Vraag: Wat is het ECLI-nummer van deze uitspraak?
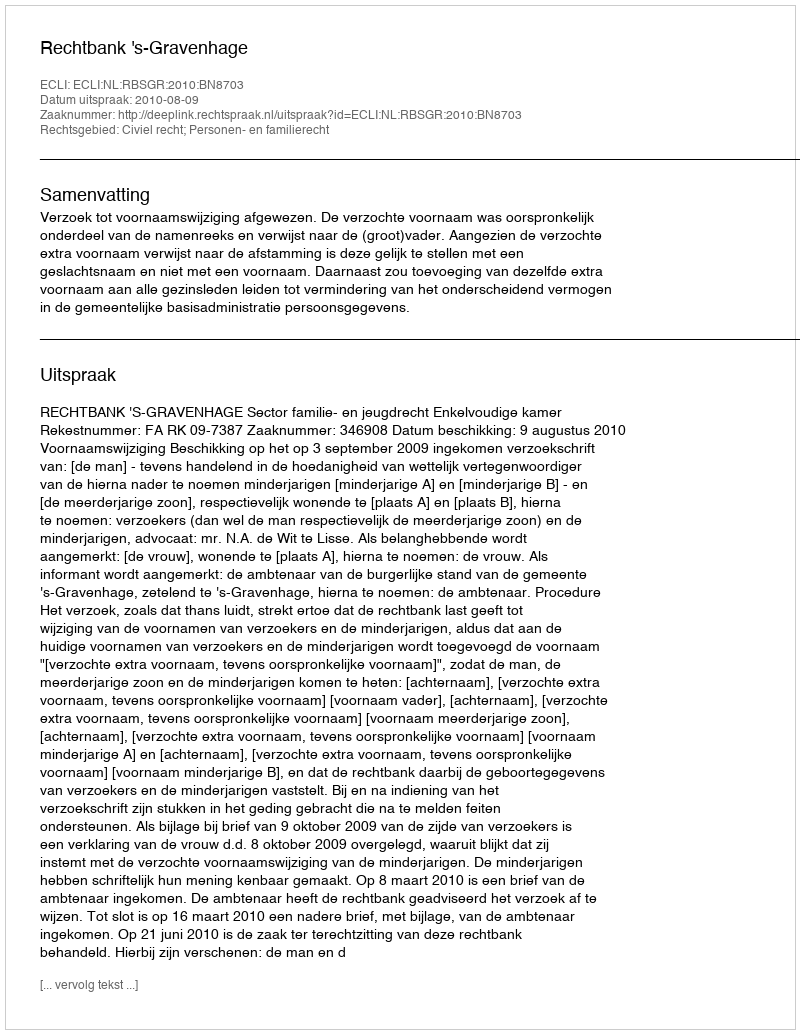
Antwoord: ECLI:NL:RBSGR:2010:BN8703